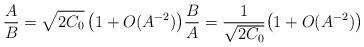
LaTeX: \begin{align*}\frac AB = \sqrt{2C_0} \, \big(1 + O(A^{-2})\big)\frac BA = \frac{1}{\sqrt{2C_0}} \big(1 + O(A^{-2})\big)\end{align*}